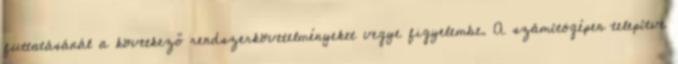
futtatásánál a következő rendszerkövetelményeket vegye figyelembe. A számítógépen telepítve